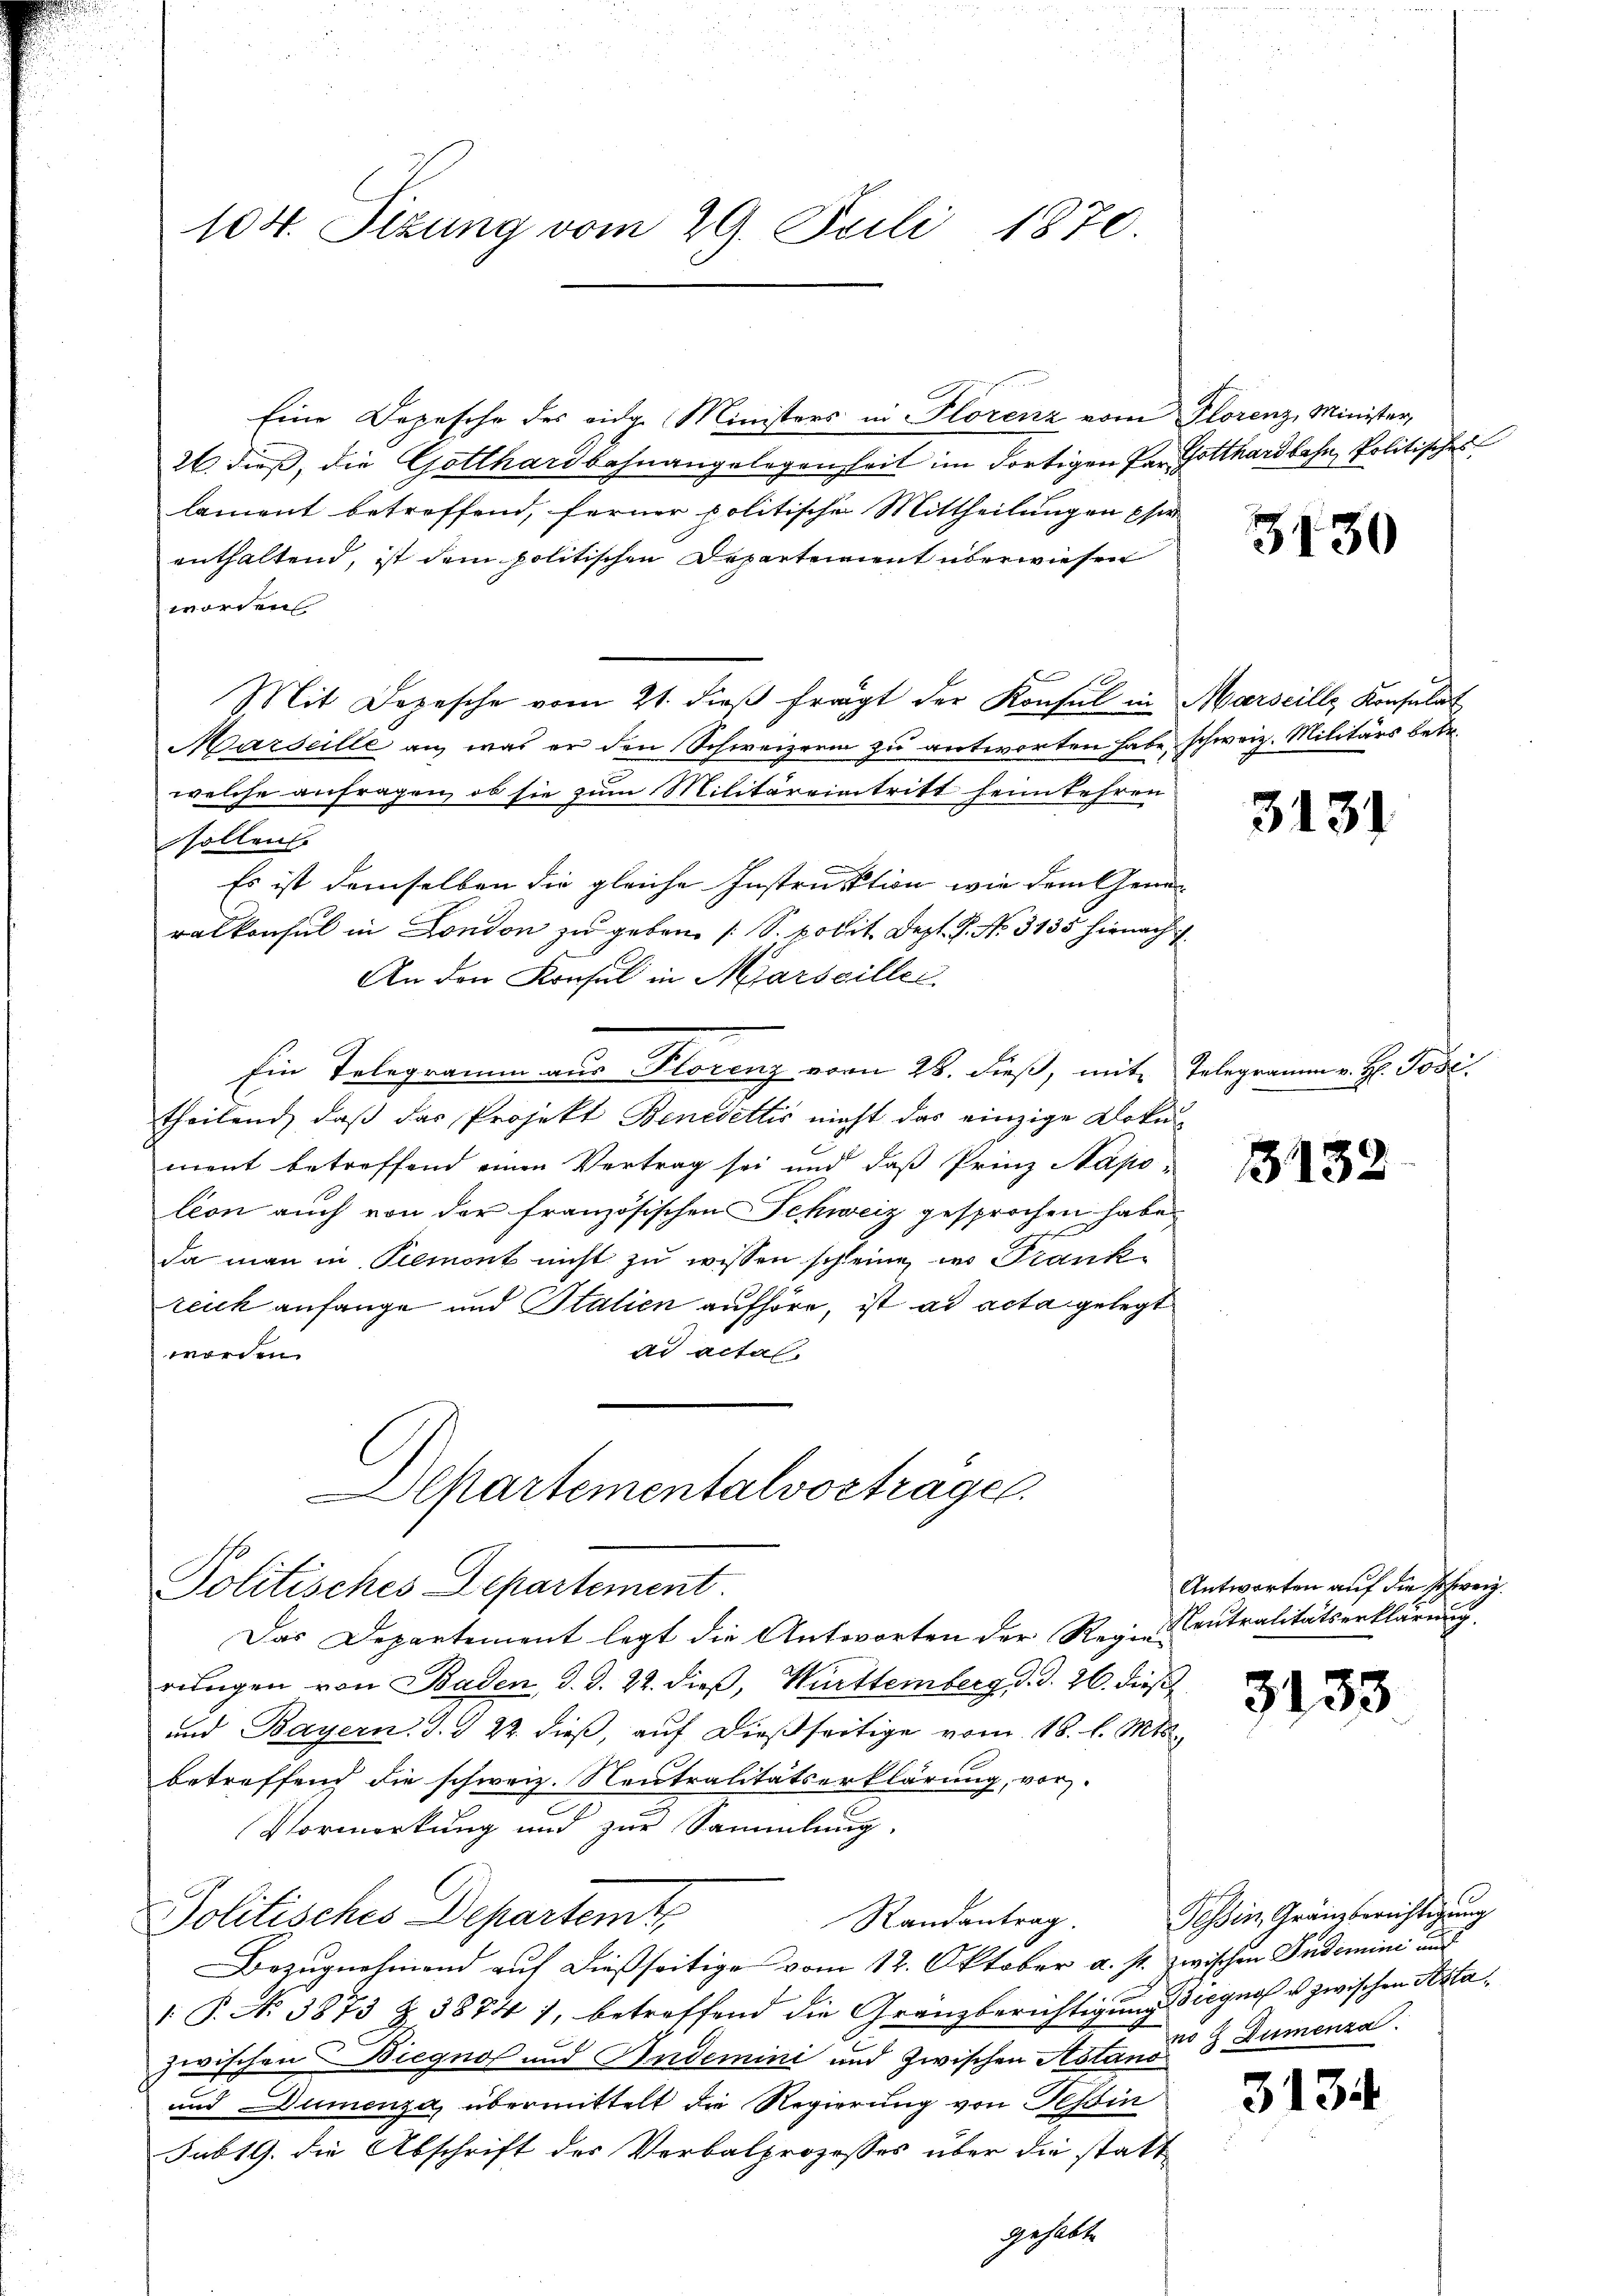
104. Sizung vom 29. Stili 1870.

Eine Depesche des eidg. Ministers in Florenz vom Florenz, Minister,
26 dieß, die Gotthardbahnangelegenheit im dortigen Par Gotthardbahn, Politisches
lament betreffend, ferner politische Mittheilungen per
enthaltend, ist dem politischen Departement überwiesen
worden
Mit Depesche vom 21. dieβ fragt der Konsul in Marseille Konsulat
Marseille an, was er den Schweizerin zu antworten habe, schweiz. Militärs betr.
welche anfragen, ob sie zum Militäreintritt heimkehren
sollen
Es ist demselben die gleiche Instruktion wie dem Gene
ralkonsul in London zu geben (S. polit. Sept. f. No. 3135 hienach
An den Konsul in Marseiller
Ein Telegramm aus Florenz vom 28. dieß, mit Telegramm v. H. Posi
theilend, daß das Projekt Benedettis nicht das einzige Doku-
ment betreffend einen Vertrag sei und daß Prinz Napo-
lion auch von der französischen Schweiz gesprochen habe.
da man in Piemont nicht zu wissen schleine, in Frankreich anfange und Stalien aufhöre, ist ad acta gelegt
ad actal.
worden.

partementalvortragen.
Politisches Departement.

Das Departement legt die Antworten der Rei-Neutralitätserklärung
rungen von Baden, d. d. 22. dieß, Württemberg, d. d. 26. dieß
und Bayern. J. J. 22. dieβ, aŭf dießseitige vom 18. l. Mts.
betreffend die schweiz. Neutralitätserklärung, vor.
Vormerkung und zur Sammlung.
Politisches Departemte
Randantrag.
Bezugnahmend auf dießseitige vom 12. Oktober a. s. zwischen Indemini aus
 P. N. 3873 Z. 3874), betreffend die Gränzberichtigung diegno u. zwischen Notazwischen Biegno und Indemini und zwischen Astand 3 Dumenza.
und Dumenza, übermittelt die Regierung von Tessin
JubtG. die Abschrift des Verbalprozesses über die statt
gehabte

3130

3131

13132

Antworten auf die schweiz.

3133

3134

Tessin, Gränzberichtigung